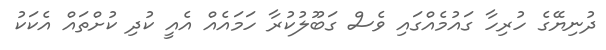
ދުނިޔޭގެ ހުރިހާ ގައުމެއްގައި ވެސް ގަބޫލުކުރާ ހަމައެއް އެއީ ކުދި ކުށްތައް އެކަކު